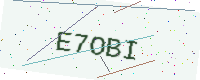
Text: E7OBI